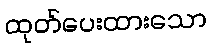
ထုတ်ပေးထားသော